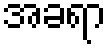
အခရာ